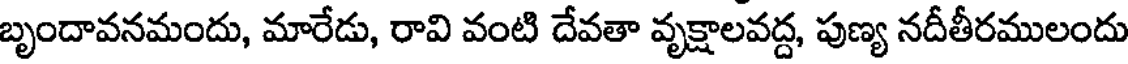
బృందావనమందు, మారేడు, రావి వంటి దేవతా వృక్షాలవద్ద, పుణ్య నదీతీరములందు